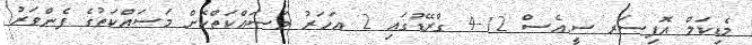
މެޑިކަލް އޮފިސަރ ސީ.އެސް 12-4 ގްރޭޑުގައި 2 އަހަރު މަސައްކަތްކޮށް މަސައްކަތުގެ ފެންވަރު